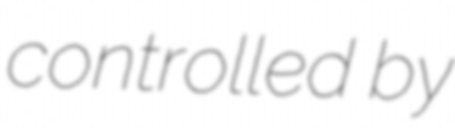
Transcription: controlled by